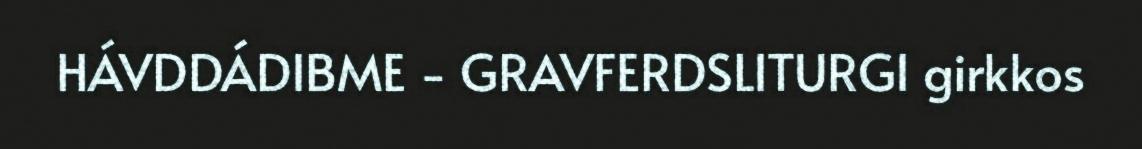
HÁVDDÁDIBME - GRAVFERDSLITURGI girkkos